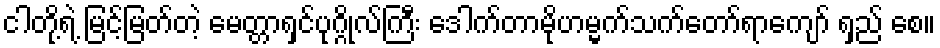
ငါတို့ရဲ့ မြင့်မြတ်တဲ့ မေတ္တာရှင်ပုဂ္ဂိုလ်ကြီး ဒေါက်တာမိုဟမ္မက်သက်တော်ရာကျော် ရှည် စေ။